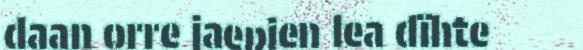
daan orre jaepien lea dïhte